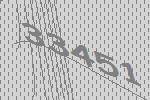
33451